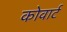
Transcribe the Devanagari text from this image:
कोवार्ट